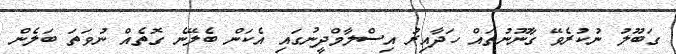
ގަބޫލު ނުކުރެވޭ ގާނޫނުތައް ހަދާއިރު އިސްލާމްދީނުގައި އެކަން ބެލޭނެ ގޮތެއް ނުވަތަ ބަލެން